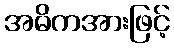
အဓိကအားဖြင့်